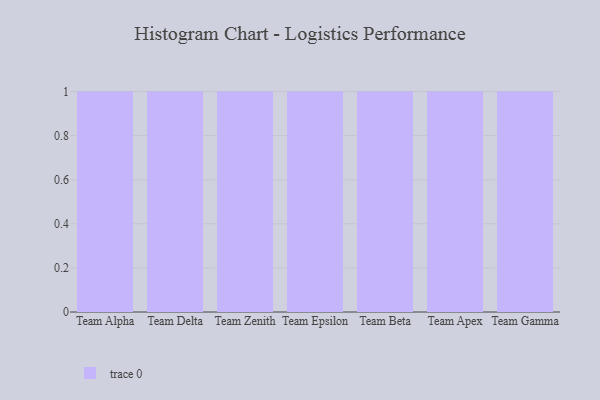
{"axis": {"x": "Team", "y": "Conversion Rate (%)"}, "legend": [""], "data": [{"x": "Team Alpha", "y": 5, "type": ""}, {"x": "Team Delta", "y": 90, "type": ""}, {"x": "Team Zenith", "y": 75, "type": ""}, {"x": "Team Epsilon", "y": 18, "type": ""}, {"x": "Team Beta", "y": 88, "type": ""}, {"x": "Team Apex", "y": 82, "type": ""}, {"x": "Team Gamma", "y": 52, "type": ""}]}